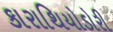
કારાથિયોડોરી